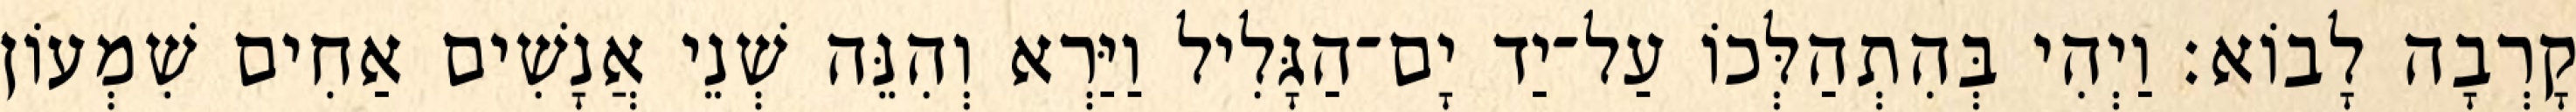
קָרְבָה לָבוֹא׃ וַיְהִי בְּהִתְהַלְּכוֹ עַל־יַד יָם־הַגָּלִיל וַיַּרְא וְהִנֵּה שְׁנֵי אֲנָשִׁים אַחִים שִׁמְעוֹן